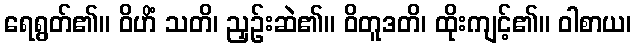
ရေရွတ်၏။ ဝိဟိံ သတိ၊ ညှဉ်းဆဲ၏။ ဝိတူဒတိ၊ ထိုးကျင့်၏။ ဝါစာယ၊